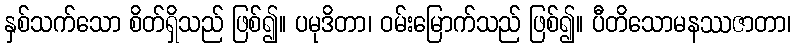
နှစ်သက်သော စိတ်ရှိသည် ဖြစ်၍။ ပမုဒိတာ၊ ဝမ်းမြောက်သည် ဖြစ်၍။ ပီတိသောမနဿဇာတာ၊